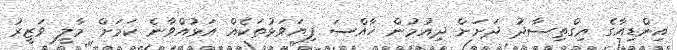
އިންޑިއާގެ އިގްތިސާދު ދަށަށް ދިއުމުން ޚާއްސަ ފިޔަވަޅުތަކެއް އަޅުއްވާނެ ކަމަށް މާލީ ވަޒީރު